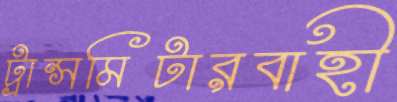
ট্রান্সমিটারবাহী